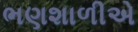
ભણશાળીએ